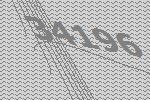
34196